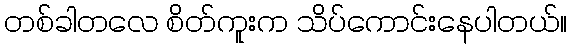
တစ်ခါတလေ စိတ်ကူးက သိပ်ကောင်းနေပါတယ်။